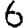
Digit: 6